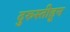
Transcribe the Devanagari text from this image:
दुरुस्तीहून